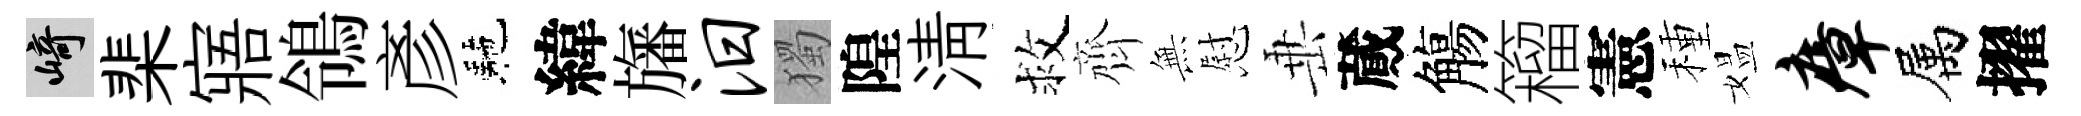
崎棐寤鴒彥駰緯旛汨獨隍淸救齊𭴾慰𡸁蕆觴籕憲種媪瘴属擢